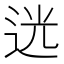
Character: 𨒺